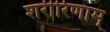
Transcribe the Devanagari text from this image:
शरीरिणाम्